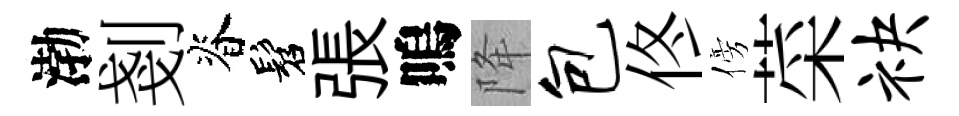
渤剗脊髫張嗚降包佟傍菜袂